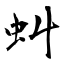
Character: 虯